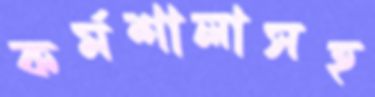
কর্মশালাসহ